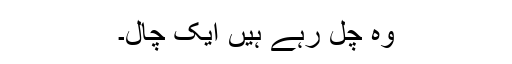
وہ چل رہے ہیں ایک چال۔